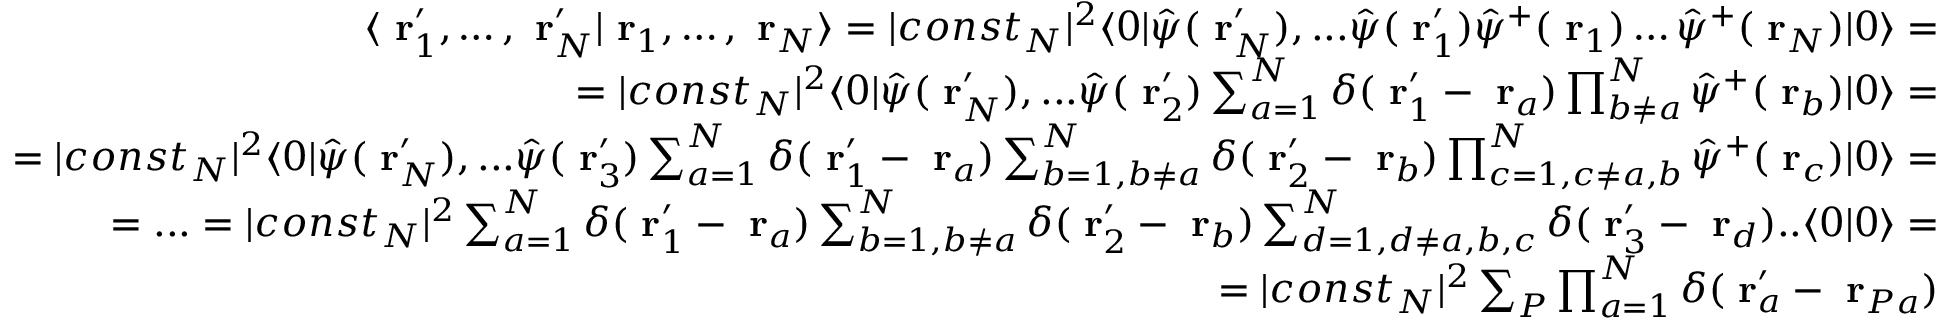
\begin{array} { r l r } & { } & { \langle \mathrm { \bf ~ r } _ { 1 } ^ { \prime } , \dots , \mathrm { \bf ~ r } _ { N } ^ { \prime } | \mathrm { \bf ~ r } _ { 1 } , \dots , \mathrm { \bf ~ r } _ { N } \rangle = | c o n s t _ { N } | ^ { 2 } \langle 0 | \hat { \psi } ( \mathrm { \bf ~ r } _ { N } ^ { \prime } ) , . . . \hat { \psi } ( \mathrm { \bf ~ r } _ { 1 } ^ { \prime } ) \hat { \psi } ^ { + } ( \mathrm { \bf ~ r } _ { 1 } ) \dots \hat { \psi } ^ { + } ( \mathrm { \bf ~ r } _ { N } ) | 0 \rangle = } \\ & { } & { \; \; \; \; \; \; \; \; = | c o n s t _ { N } | ^ { 2 } \langle 0 | \hat { \psi } ( \mathrm { \bf ~ r } _ { N } ^ { \prime } ) , . . . \hat { \psi } ( \mathrm { \bf ~ r } _ { 2 } ^ { \prime } ) \sum _ { a = 1 } ^ { N } \delta ( \mathrm { \bf ~ r } _ { 1 } ^ { \prime } - \mathrm { \bf ~ r } _ { a } ) \prod _ { b \ne a } ^ { N } \hat { \psi } ^ { + } ( \mathrm { \bf ~ r } _ { b } ) | 0 \rangle = } \\ & { } & { = | c o n s t _ { N } | ^ { 2 } \langle 0 | \hat { \psi } ( \mathrm { \bf ~ r } _ { N } ^ { \prime } ) , . . . \hat { \psi } ( \mathrm { \bf ~ r } _ { 3 } ^ { \prime } ) \sum _ { a = 1 } ^ { N } \delta ( \mathrm { \bf ~ r } _ { 1 } ^ { \prime } - \mathrm { \bf ~ r } _ { a } ) \sum _ { b = 1 , b \ne a } ^ { N } \delta ( \mathrm { \bf ~ r } _ { 2 } ^ { \prime } - \mathrm { \bf ~ r } _ { b } ) \prod _ { c = 1 , c \ne a , b } ^ { N } \hat { \psi } ^ { + } ( \mathrm { \bf ~ r } _ { c } ) | 0 \rangle = } \\ & { } & { = . . . = | c o n s t _ { N } | ^ { 2 } \sum _ { a = 1 } ^ { N } \delta ( \mathrm { \bf ~ r } _ { 1 } ^ { \prime } - \mathrm { \bf ~ r } _ { a } ) \sum _ { b = 1 , b \ne a } ^ { N } \delta ( \mathrm { \bf ~ r } _ { 2 } ^ { \prime } - \mathrm { \bf ~ r } _ { b } ) \sum _ { d = 1 , d \ne a , b , c } ^ { N } \delta ( \mathrm { \bf ~ r } _ { 3 } ^ { \prime } - \mathrm { \bf ~ r } _ { d } ) . . \langle 0 | 0 \rangle = } \\ & { } & { = | c o n s t _ { N } | ^ { 2 } \sum _ { P } \prod _ { a = 1 } ^ { N } \delta ( \mathrm { \bf ~ r } _ { a } ^ { \prime } - \mathrm { \bf ~ r } _ { P a } ) } \end{array}